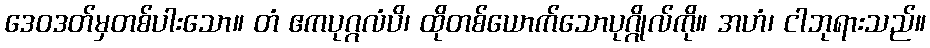
ဒေဝဒတ်မှတစ်ပါးသော။ တံ ဧကပုဂ္ဂလံပိ၊ ထိုတစ်ယောက်သောပုဂ္ဂိုလ်ကို။ အဟံ၊ ငါဘုရားသည်။